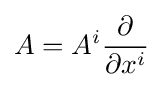
A=A^{i}{\frac {\partial }{\partial x^{i}}}